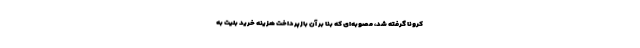
کرونا گرفته شد، مصوبه‌ای که بنا بر آن بازپرداخت هزینه خرید بلیت به